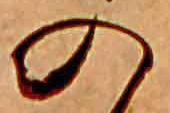
の